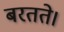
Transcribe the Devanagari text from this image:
बरतते।